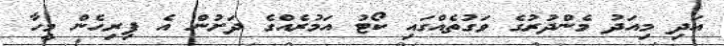
އަދި މިއަދު މެންދުރުގެ ވަގުތެއްގައި ކޯޓު އަމުރެއްގެ ދަށުން އެ ފިރިހެން މީހާ